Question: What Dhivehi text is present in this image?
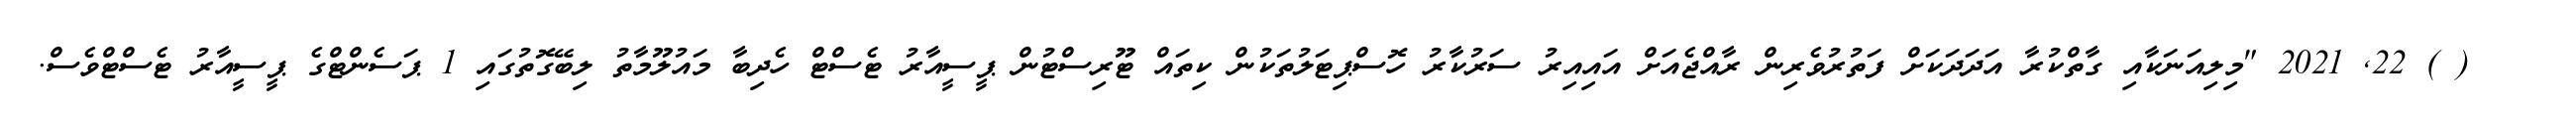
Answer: ? ? ( ) 22, 2021 "މިލިއަނަކާއި ގާތްކުރާ އަދަދަކަށް ފަތުރުވެރިން ރާއްޖެއަށް އައިއިރު ސަރުކާރު ހޮސްޕިޓަލުތަކުން ކިތައް ޓޫރިސްޓުން ޕީސީއާރު ޓެސްޓް ހެދިބާ މައުލޫމާތު ލިބޭގޮތުގައި 1 ޕަސެންޓްގެ ޕީސީއާރު ޓެސްޓްވެސް.